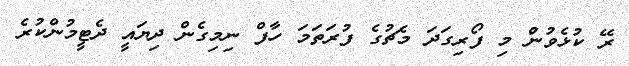
ރޭ ކުޅެވުނުް މި ފޯރިގަދަ މެޗުގެ ފުރަތަމަ ހާފް ނިމިގެން ދިޔައީ ދެޓީމުންކުރެ